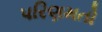
પરિણમતો